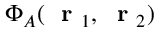
\Phi _ { A } ( \mathrm { ~ \bf ~ r ~ } _ { 1 } , \mathrm { ~ \bf ~ r ~ } _ { 2 } )